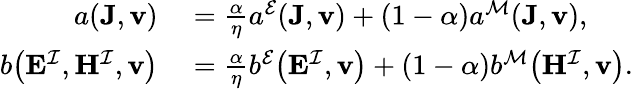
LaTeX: \begin{array}{rl}{a(\mathbf{J},\mathbf{v})}&{{}{}={}\frac{\alpha}{\eta}a^{\mathcal{E}}(\mathbf{J},\mathbf{v}){}+{}(1-\alpha)a^{\mathcal{M}}(\mathbf{J},\mathbf{v}),}\\ {b\big(\mathbf{E}^{\mathcal{I}},\mathbf{H}^{\mathcal{I}},\mathbf{v}\big)}&{{}{}={}\frac{\alpha}{\eta}b^{\mathcal{E}}\big(\mathbf{E}^{\mathcal{I}},\mathbf{v}\big){}+{}(1-\alpha)b^{\mathcal{M}}\big(\mathbf{H}^{\mathcal{I}},\mathbf{v}\big).}\end{array}